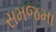
સમજમા